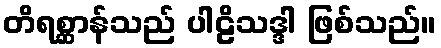
တိရစ္ဆာန်သည် ပါဠိသဒ္ဒါ ဖြစ်သည်။